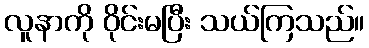
လူနာကို ဝိုင်းမပြီး သယ်ကြသည်။